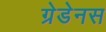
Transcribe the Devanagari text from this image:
ग्रेडेनस